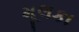
મૂલકા